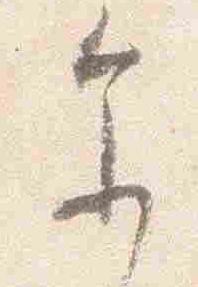
参